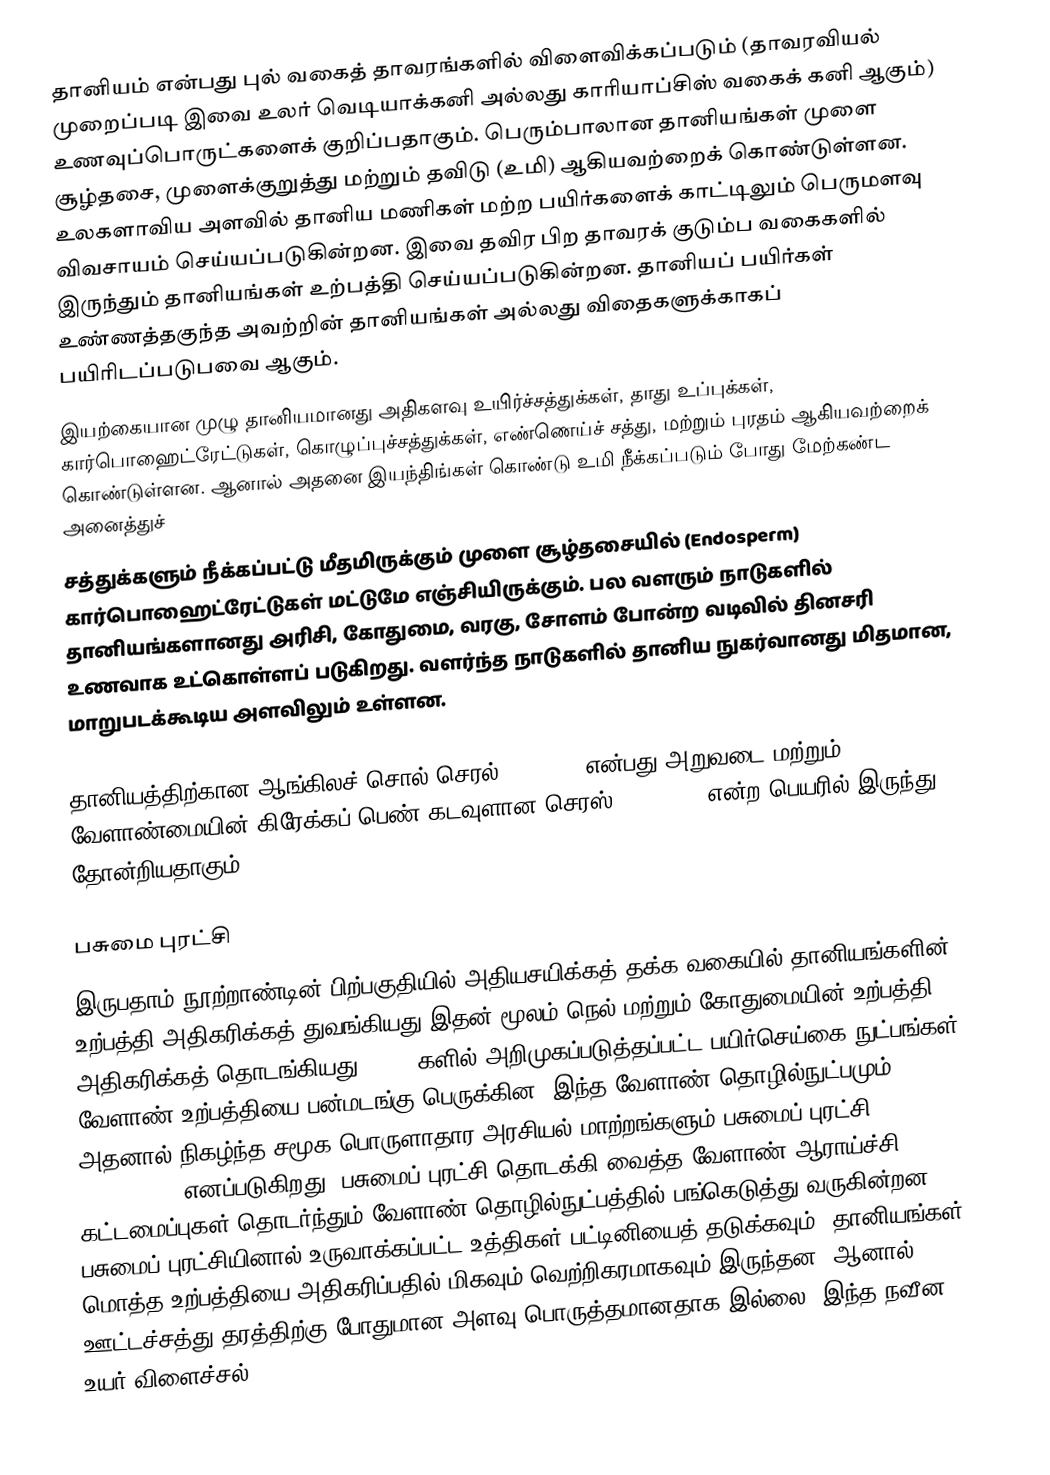
தானியம் என்பது புல் வகைத் தாவரங்களில் விளைவிக்கப்படும் (தாவரவியல் முறைப்படி இவை உலர் வெடியாக்கனி அல்லது  காரியாப்சிஸ் வகைக் கனி ஆகும்) உணவுப்பொருட்களைக் குறிப்பதாகும். பெரும்பாலான தானியங்கள் முளை சூழ்தசை, முளைக்குறுத்து மற்றும் தவிடு (உமி) ஆகியவற்றைக் கொண்டுள்ளன. உலகளாவிய அளவில் தானிய மணிகள் மற்ற பயிர்களைக் காட்டிலும் பெருமளவு விவசாயம் செய்யப்படுகின்றன. இவை தவிர பிற தாவரக் குடும்ப வகைகளில் இருந்தும் தானியங்கள் உற்பத்தி செய்யப்படுகின்றன. தானியப் பயிர்கள் உண்ணத்தகுந்த அவற்றின் தானியங்கள் அல்லது விதைகளுக்காகப் பயிரிடப்படுபவை ஆகும்.
இயற்கையான முழு தானியமானது அதிகளவு உயிர்ச்சத்துக்கள், தாது உப்புக்கள், கார்பொஹைட்ரேட்டுகள், கொழுப்புச்சத்துக்கள், எண்ணெய்ச் சத்து, மற்றும் புரதம் ஆகியவற்றைக் கொண்டுள்ளன. ஆனால் அதனை இயந்திங்கள் கொண்டு உமி நீக்கப்படும் போது மேற்கண்ட அனைத்துச்
சத்துக்களும் நீக்கப்பட்டு மீதமிருக்கும் முளை சூழ்தசையில் (Endosperm) கார்பொஹைட்ரேட்டுகள் மட்டுமே எஞ்சியிருக்கும். பல வளரும் நாடுகளில் தானியங்களானது அரிசி, கோதுமை, வரகு, சோளம் போன்ற வடிவில் தினசரி உணவாக உட்கொள்ளப் படுகிறது.  வளர்ந்த நாடுகளில் தானிய நுகர்வானது மிதமான, மாறுபடக்கூடிய அளவிலும் உள்ளன.

தானியத்திற்கான ஆங்கிலச் சொல் செரல் (Cereal) என்பது அறுவடை மற்றும் வேளாண்மையின் கிரேக்கப் பெண் கடவுளான செரஸ்  ("Ceres") என்ற  பெயரில் இருந்து தோன்றியதாகும்.

பசுமை புரட்சி
இருபதாம் நூற்றாண்டின் பிற்பகுதியில் அதியசயிக்கத் தக்க வகையில் தானியங்களின் உற்பத்தி அதிகரிக்கத் துவங்கியது.இதன் மூலம் நெல் மற்றும் கோதுமையின் உற்பத்தி அதிகரிக்கத் தொடங்கியது.  1940 களில் அறிமுகப்படுத்தப்பட்ட பயிர்செய்கை நுட்பங்கள் வேளாண் உற்பத்தியை பன்மடங்கு பெருக்கின. இந்த வேளாண் தொழில்நுட்பமும் அதனால் நிகழ்ந்த சமூக பொருளாதார அரசியல் மாற்றங்களும் பசுமைப் புரட்சி (Green Revolution) எனப்படுகிறது.  பசுமைப் புரட்சி தொடக்கி வைத்த வேளாண் ஆராய்ச்சி கட்டமைப்புகள் தொடர்ந்தும் வேளாண் தொழில்நுட்பத்தில் பங்கெடுத்து வருகின்றன. பசுமைப் புரட்சியினால் உருவாக்கப்பட்ட உத்திகள் பட்டினியைத் தடுக்கவும், தானியங்கள் மொத்த உற்பத்தியை அதிகரிப்பதில் மிகவும் வெற்றிகரமாகவும் இருந்தன, ஆனால் ஊட்டச்சத்து தரத்திற்கு போதுமான அளவு பொருத்தமானதாக இல்லை. இந்த நவீன உயர் விளைச்சல்